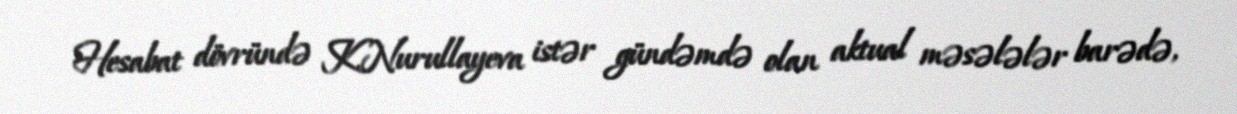
Hesabat dövründə K.Nurullayeva istər gündəmdə olan aktual məsələlər barədə,